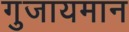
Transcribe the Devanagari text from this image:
गुजायमान